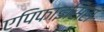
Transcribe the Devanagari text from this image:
एपिफाइसिस